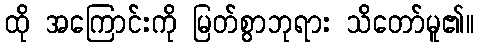
ထို အကြောင်းကို မြတ်စွာဘုရား သိတော်မူ၏။